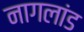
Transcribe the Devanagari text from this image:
नागलांड